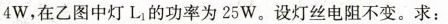
4 W，在乙图中灯L_{1}的功率为25 W。设灯丝电阻不变。求：